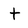
Character: t